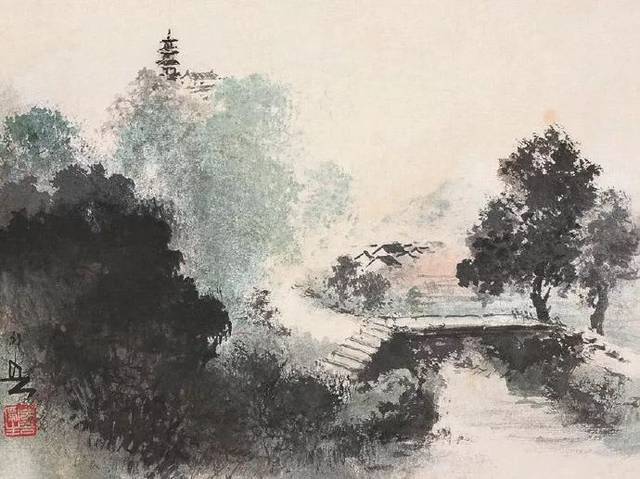
病骨支离纱帽宽，孤臣万里客江干。